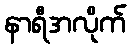
နာရီအလိုက်